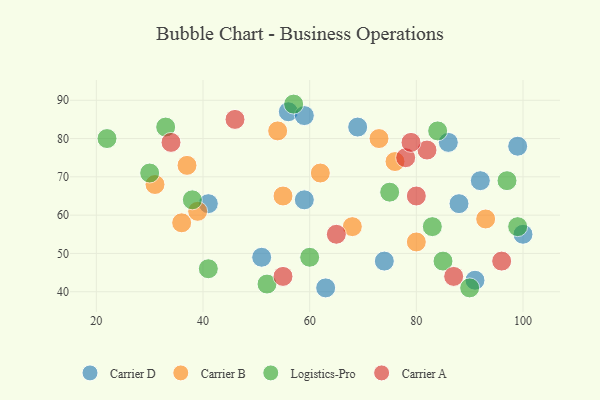
{"axis": {"x": "GDP", "y": "Life Expectancy"}, "legend": ["Carrier A", "Carrier B", "Carrier D", "Logistics-Pro"], "data": [{"x": "63", "y": 41, "type": "Carrier D"}, {"x": "59", "y": 64, "type": "Carrier D"}, {"x": "88", "y": 63, "type": "Carrier D"}, {"x": "74", "y": 48, "type": "Carrier D"}, {"x": "69", "y": 83, "type": "Carrier D"}, {"x": "99", "y": 78, "type": "Carrier D"}, {"x": "86", "y": 79, "type": "Carrier D"}, {"x": "91", "y": 43, "type": "Carrier D"}, {"x": "92", "y": 69, "type": "Carrier D"}, {"x": "41", "y": 63, "type": "Carrier D"}, {"x": "100", "y": 55, "type": "Carrier D"}, {"x": "51", "y": 49, "type": "Carrier D"}, {"x": "56", "y": 87, "type": "Carrier D"}, {"x": "59", "y": 86, "type": "Carrier D"}, {"x": "37", "y": 73, "type": "Carrier B"}, {"x": "36", "y": 58, "type": "Carrier B"}, {"x": "55", "y": 65, "type": "Carrier B"}, {"x": "31", "y": 68, "type": "Carrier B"}, {"x": "93", "y": 59, "type": "Carrier B"}, {"x": "54", "y": 82, "type": "Carrier B"}, {"x": "62", "y": 71, "type": "Carrier B"}, {"x": "68", "y": 57, "type": "Carrier B"}, {"x": "73", "y": 80, "type": "Carrier B"}, {"x": "80", "y": 53, "type": "Carrier B"}, {"x": "76", "y": 74, "type": "Carrier B"}, {"x": "39", "y": 61, "type": "Carrier B"}, {"x": "90", "y": 41, "type": "Logistics-Pro"}, {"x": "99", "y": 57, "type": "Logistics-Pro"}, {"x": "38", "y": 64, "type": "Logistics-Pro"}, {"x": "57", "y": 89, "type": "Logistics-Pro"}, {"x": "30", "y": 71, "type": "Logistics-Pro"}, {"x": "33", "y": 83, "type": "Logistics-Pro"}, {"x": "83", "y": 57, "type": "Logistics-Pro"}, {"x": "84", "y": 82, "type": "Logistics-Pro"}, {"x": "52", "y": 42, "type": "Logistics-Pro"}, {"x": "22", "y": 80, "type": "Logistics-Pro"}, {"x": "75", "y": 66, "type": "Logistics-Pro"}, {"x": "97", "y": 69, "type": "Logistics-Pro"}, {"x": "85", "y": 48, "type": "Logistics-Pro"}, {"x": "41", "y": 46, "type": "Logistics-Pro"}, {"x": "60", "y": 49, "type": "Logistics-Pro"}, {"x": "78", "y": 75, "type": "Carrier A"}, {"x": "34", "y": 79, "type": "Carrier A"}, {"x": "82", "y": 77, "type": "Carrier A"}, {"x": "87", "y": 44, "type": "Carrier A"}, {"x": "79", "y": 79, "type": "Carrier A"}, {"x": "55", "y": 44, "type": "Carrier A"}, {"x": "46", "y": 85, "type": "Carrier A"}, {"x": "96", "y": 48, "type": "Carrier A"}, {"x": "80", "y": 65, "type": "Carrier A"}, {"x": "65", "y": 55, "type": "Carrier A"}]}